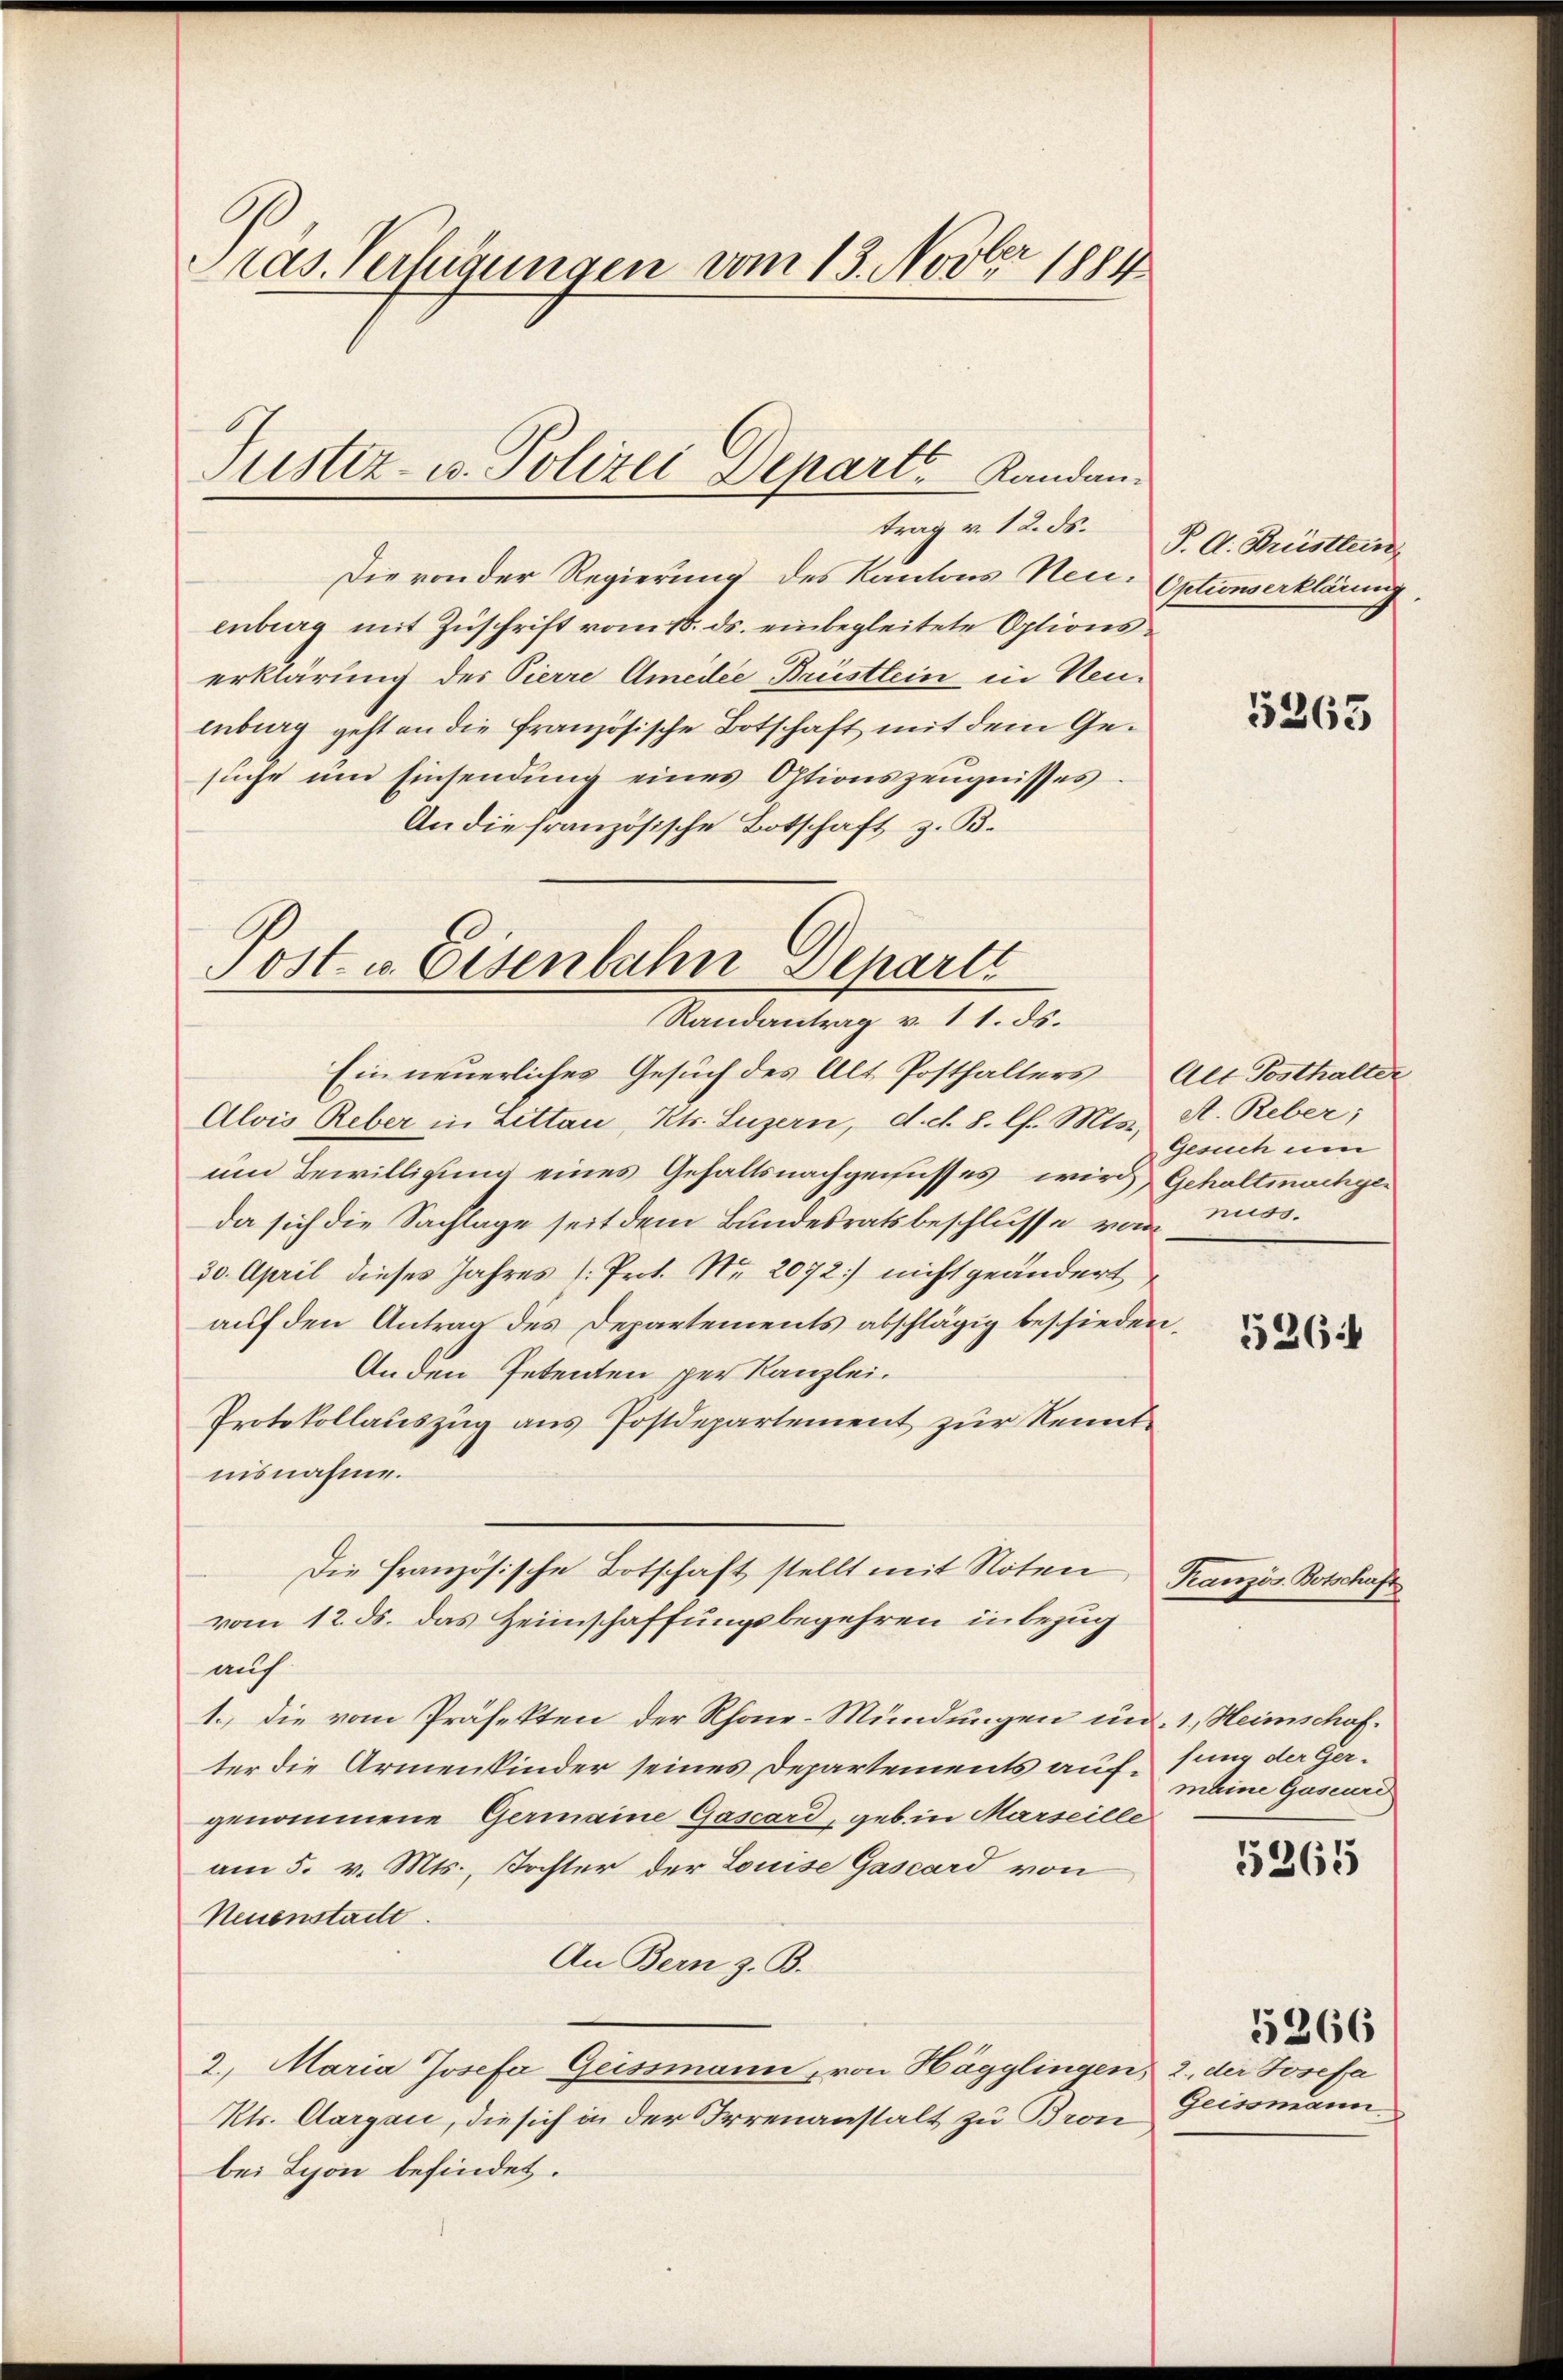
Pras. Verfügungen vom 13. Novber 1884

Die von der Regierung des Kantons Neu- Optionserklärung,
enberg mit Zuschrift vom 18. ds. einbegleitete Optionserklärung des Pierre Amedee Brüstlein in Neuenburg geht an die französische Botschaft mit dem Gesuche um Einsendung eines Optionszeugnisses.
An die französische Botschaft z. B.

Puster- u. Polizei Departs Kandan¬

Post v. Eisenbahn Departe
Randantrag v. 11. ds.

Ein neuerliches Gesuch des Alt Posthalters Alt Posthalter
Alois Reber in Lettau, Kts. Luzern, d. d. 8. l. Mts. A. Reber;
um Bewilligung eines Gehaltsnachgenusses wird Gehaltmachgeda sich die Sachlage seit dem Bundesratsbeschlusse von muss.
30. April dieses Jahres 1. Prot. Nr. 2072] nicht geändert
auf den Antrag des Departements abschlägig beschieden,
Anden Petenten per Kanzlei.
Protokollauszug aus Postdepartement zur Kenntnisnahme.
vom 12. ds. das Heimschaffungsbegehren inbezug
auch
1., die vom Präfekten der Rhone-Mündungen und 1., Heimschafter die Armenkinder seines Departements auf, sung der Gergenommene Germaine Gascard, geb. in Marseille
am 5. v. Mts., Koster der Louise Gascard von
Neuenstatte.
An Bern z. B.
2. Maria Josefa Geissmann, von Hägglingen, 2. der Josefa
Kts. Aargau, die sich in der Irrenanstalt zu Bron
bei Lyon befindet.

Die französische Botschaft stellt mit Noten, Tranzös. Botschaft

trag v. 12. ds. P. A. Brüstlein

5265

Gesuch um

526.

meine Gaseurd

5365

Geissmann

5266